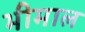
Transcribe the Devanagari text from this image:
भीमाल